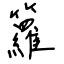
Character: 籮